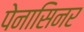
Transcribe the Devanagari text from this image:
पेनासिनर